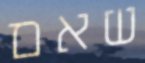
שאם